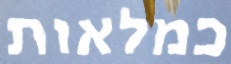
כמלאות